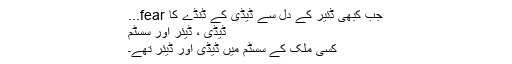
جب کبھی ڈئیر کے دل سے ڈیڈی کے ڈنڈے کا fear...
ڈیڈی ، ڈیئر اور سسٹم
کسی ملک کے سسٹم میں ڈیڈی اور ڈیئر تھے۔